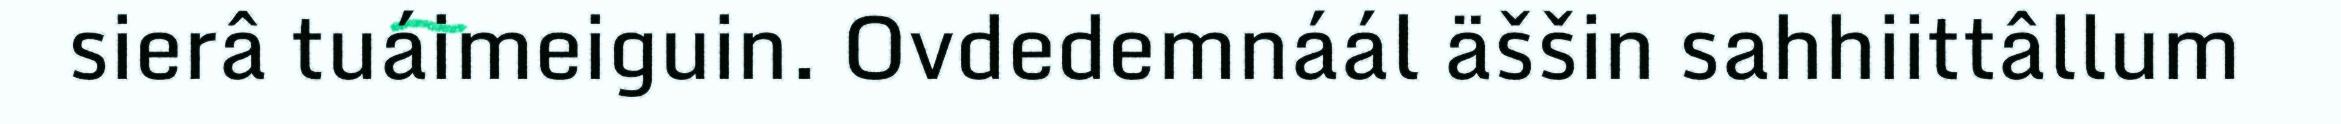
sierâ tuáimeiguin. Ovdedemnáál äššin sahhiittâllum